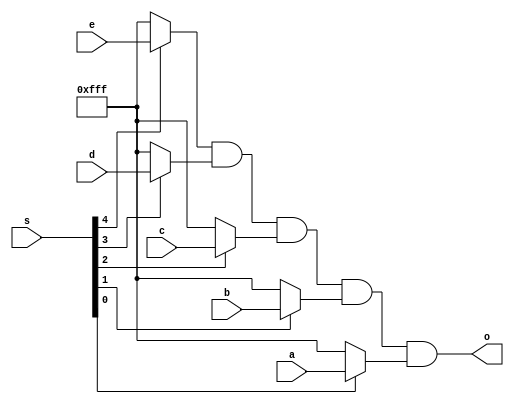
`timescale 1ns / 1ps
// ============================================================================
//	(C) 2007,2012  Robert Finch
//  robfinch<remove>@opencores.org
//	All rights reserved.
//
//	PSGNoteOutMux.v
//	Version 1.0
//
// This source file is free software: you can redistribute it and/or modify 
// it under the terms of the GNU Lesser General Public License as published 
// by the Free Software Foundation, either version 3 of the License, or     
// (at your option) any later version.                                      
//                                                                          
// This source file is distributed in the hope that it will be useful,      
// but WITHOUT ANY WARRANTY; without even the implied warranty of           
// MERCHANTABILITY or FITNESS FOR A PARTICULAR PURPOSE.  See the            
// GNU General Public License for more details.                             
//                                                                          
// You should have received a copy of the GNU General Public License        
// along with this program.  If not, see <http://www.gnu.org/licenses/>.    
//
//	
//	Selects from one of five waveforms for output. Selected waveform
//	outputs are anded together. This is approximately how the
//	original SID worked.
//
//	Spartan3
//	Webpack 9.1i xc3s1000-4ft256
//	36 LUTs / 21 slices / 11ns
//============================================================================ */
//
module PSGNoteOutMux(s, a, b, c, d, e, o);
parameter WID = 12;
input [4:0] s;
input [WID-1:0] a,b,c,d,e;
output [WID-1:0] o;

wire [WID-1:0] o1,o2,o3,o4,o5;

assign o1 = s[4] ? e : {WID{1'b1}};
assign o2 = s[3] ? d : {WID{1'b1}};
assign o3 = s[2] ? c : {WID{1'b1}};
assign o4 = s[1] ? b : {WID{1'b1}};
assign o5 = s[0] ? a : {WID{1'b1}};

assign o = o1 & o2 & o3 & o4 & o5;

endmodule